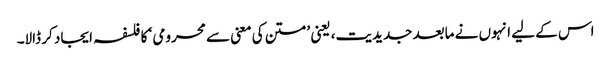
اس کے لیے انہوں نے مابعد جدیدیت، یعنی ’متن کی معنی سے محرومی ‘ کا فلسفہ ایجاد کر ڈالا۔